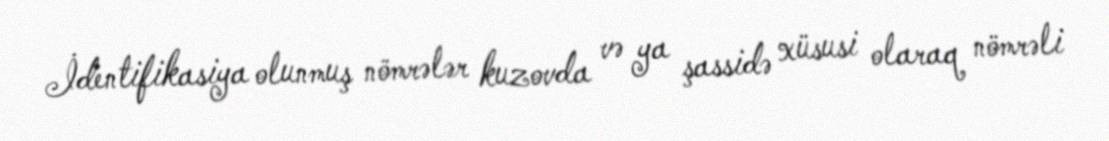
İdentifikasiya olunmuş nömrələr kuzovda və ya şassidə xüsusi olaraq nömrəli